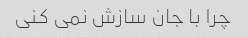
چرا با جان سازش نمی کنی